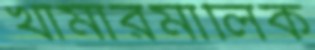
খামারমালিক